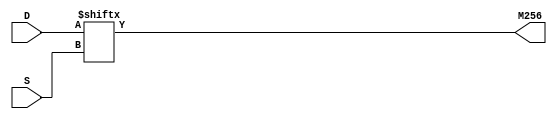
module top (
    input [5:0] S,
    input [63:0] D,
    output M256
);
    assign M256 = D[S];
endmodule